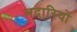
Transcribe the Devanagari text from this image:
मदारियों